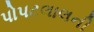
પોપટલાલની